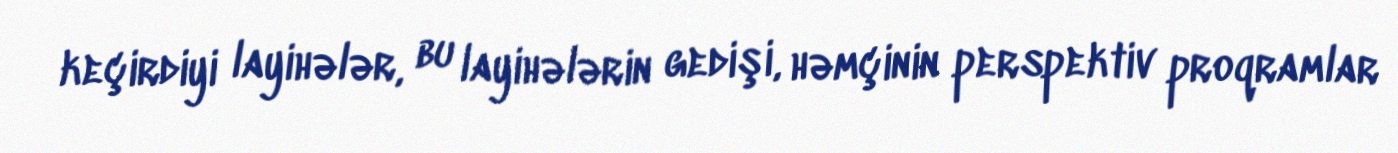
keçirdiyi layihələr, bu layihələrin gedişi, həmçinin perspektiv proqramlar